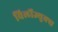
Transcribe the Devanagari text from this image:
विर्लोज्युक्स